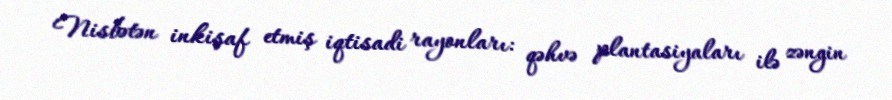
Nisbətən inkişaf etmiş iqtisadi rayonları: qəhvə plantasiyaları ilə zəngin